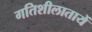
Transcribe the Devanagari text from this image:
गतिशीलातायें